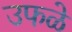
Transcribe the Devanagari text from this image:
उफळे